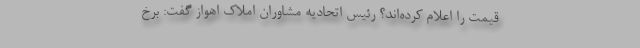
قیمت را اعلام کرده‌اند؟ رئیس اتحادیه مشاوران املاک اهواز گفت: برخ